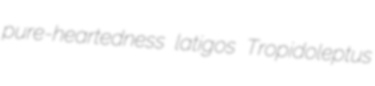
pure-heartedness latigos Tropidoleptus